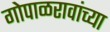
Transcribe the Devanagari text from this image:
गोपाळरावांच्या